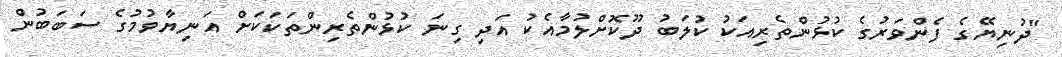
"ދުނިޔޭގެ ފެންވަރުގެ ކުޅުންތެރިއަކު ކުލަބު ދޫކޮށްލުމާއެކު އަދި ގިނަ ކުޅުންތެރިންތަކަކަށް އަނިޔާވުމުގެ ސަބަބުން